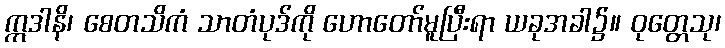
ဣဒါနိ၊ စေတသိကံ သာတံပုဒ်ကို ဟောတော်မူပြီးရာ ယခုအခါ၌။ ဝုတ္တေသု၊